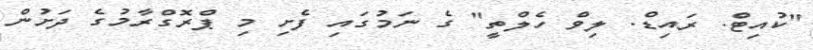
"ކުއިޓް. ރައިޑް. ލިވް ހެލްތީ" ގެ ނަމުގައި ފެށި މި ޕްރޮގްރާމުގެ ދަށުން